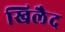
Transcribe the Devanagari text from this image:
खिलैद